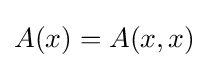
A(x)=A(x,x)